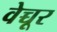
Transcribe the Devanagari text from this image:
वेच्चूर